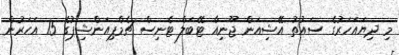
މި ދިޔައަހަރުގެ ސައުތު އޭޝިއަން ޖޫނިއާ ޓޭބަލް ޓެނިސް ޗެމްޕިއަންޝިޕުގެ 15 އަހަރުން